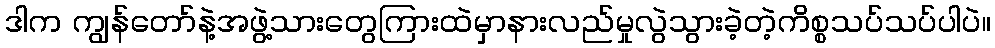
ဒါက ကျွန်တော်နဲ့အဖွဲ့သားတွေကြားထဲမှာနားလည်မှုလွဲသွားခဲ့တဲ့ကိစ္စသပ်သပ်ပါပဲ။